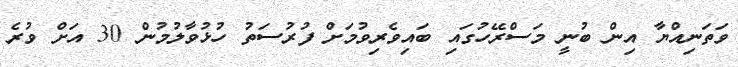
ވަތަނިއްޔާ އިން ބުނީ މަސްރޭހުގައި ބައިވެރިވުމަށް ފުރުސަތު ހުޅުވާލުމުން 30 އަށް ވުރެ